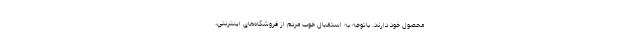
محصول خود دارند. باتوجه به استقبال خوب مردم از فروشگاه‌های اینترنتی،